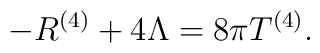
-R^{(4)}+4\Lambda = 8\pi  T^{(4)}.